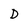
Character: D